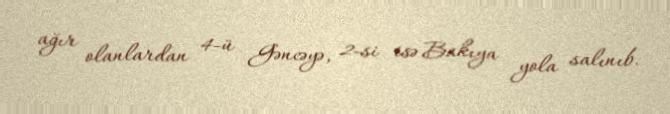
ağır olanlardan 4-ü Gəncəyə, 2-si isə Bakıya yola salınıb.